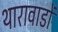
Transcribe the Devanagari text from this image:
थारावाडों